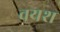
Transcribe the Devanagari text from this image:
वयश